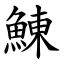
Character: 鯟